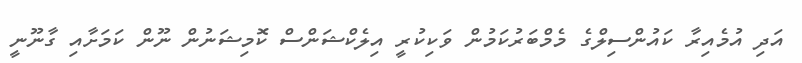
އަދި އުމެއިރާ ކައުންސިލްގެ މެމްބަރުކަމުން ވަކިކުރީ އިލެކްޝަންސް ކޮމިޝަނުން ނޫން ކަމަށާއި ގާނޫނީ